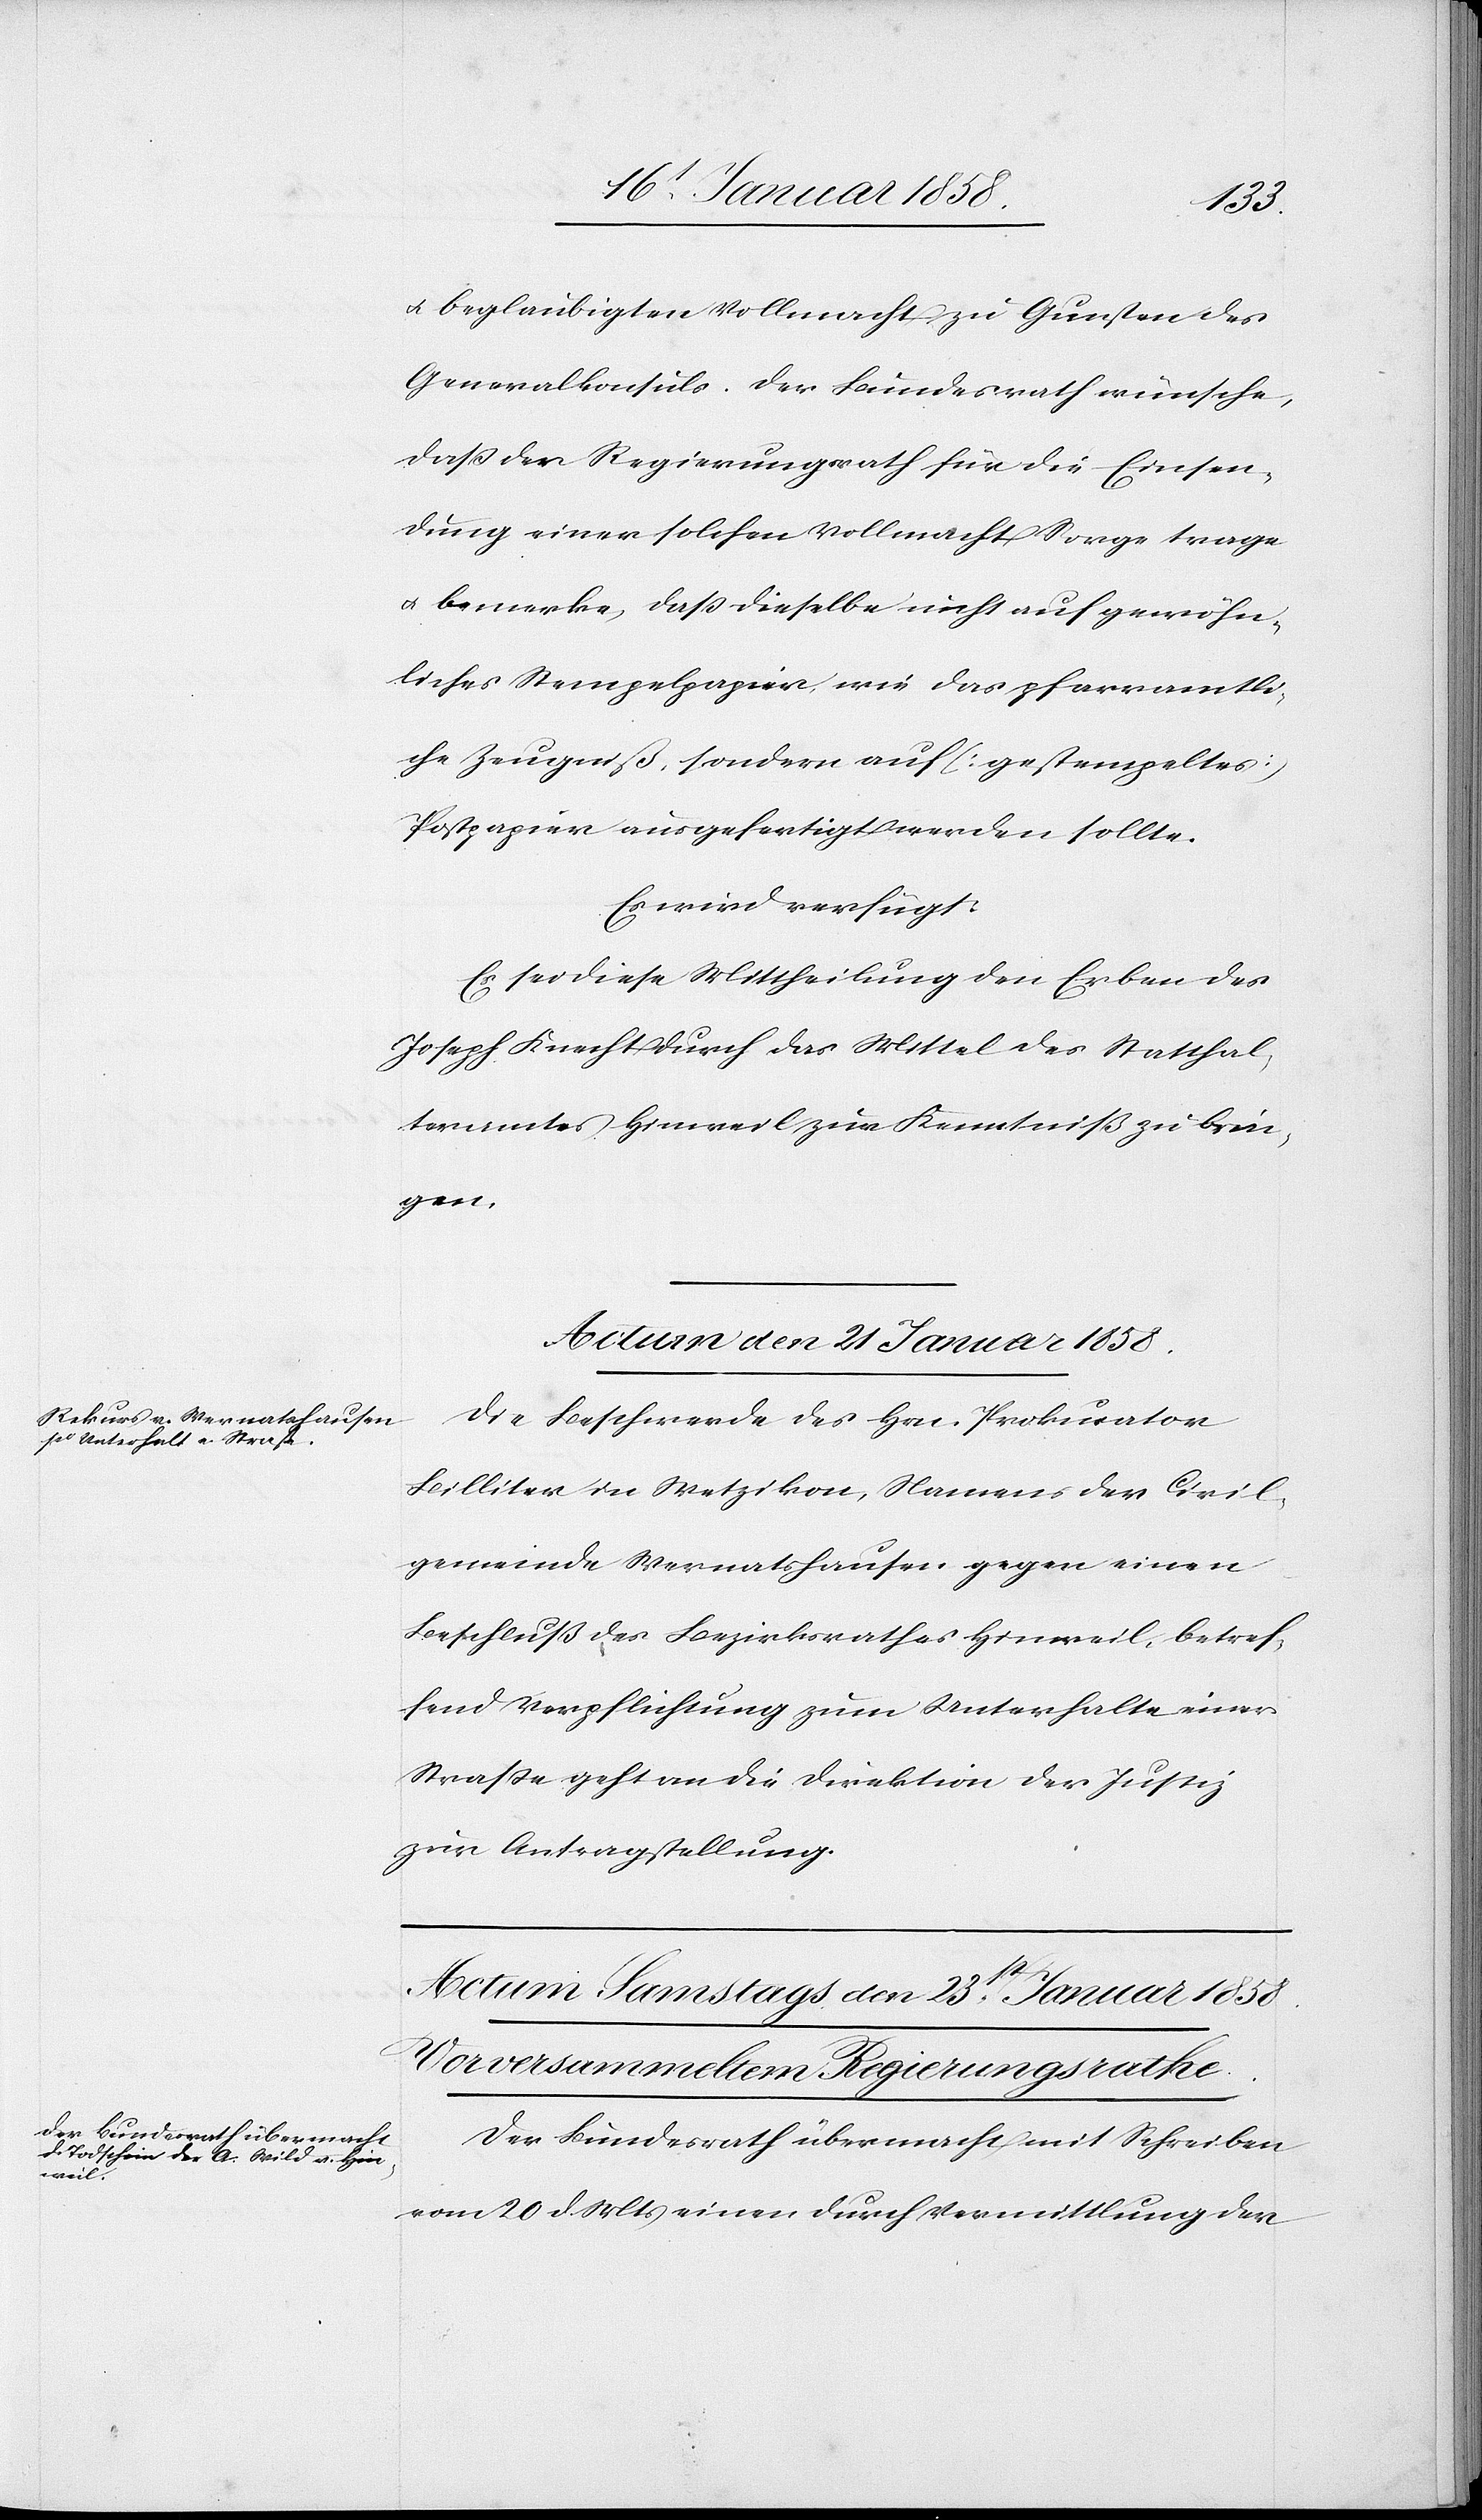
u. beglaubigten Vollmacht zu Gunsten des
Generalkonsuls. Der Bundesrath wünsche,
daß der Regierungsrath für die Einsen¬
dung einer solchen Vollmacht Sorge trage
u. bemerke, daß dieselbe nicht auf gewöhn¬
liches Stempelpapier, wie das pfarramtli¬
che Zeugniß, sondern auf (gestempeltes)
Postpapier ausgefertigt werden sollte.
Es wird verfügt:
Es sei diese Mittheilung den Erben des
Joseph Knecht durch das Mittel des Statthal¬
teramtes Hinweil zur Kenntniß zu brin¬
gen.
Actum den 21 Januar 1858.
Die Beschwerde des Hrn. Prokurator
Billiter in Wetzikon, Namens der Civil¬
gemeinde Wernatshausen, gegen einen
Beschluß des Bezirksrathes Hinweil, betref¬
fend Verpflichtung zum Unterhalte einer
Straße geht an die Direktion der Justiz
zur Antragstellung.
Der Bundesrath übermacht mit Schreiben
vom 20 d Mts einen durch Vermittlung der